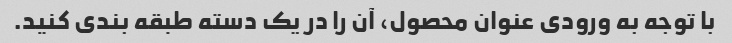
با توجه به ورودی عنوان محصول، آن را در یک دسته طبقه بندی کنید.